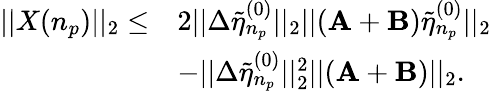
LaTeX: \begin{array}{rl}{||X(n_{p})||_{2}\leq}&{2||\Delta\tilde{\eta}_{n_{p}}^{(0)}||_{2}||(\mathbf{A}+\mathbf{B})\tilde{\eta}_{n_{p}}^{(0)}||_{2}}\\ &{-||\Delta\tilde{\eta}_{n_{p}}^{(0)}||_{2}^{2}||(\mathbf{A}+\mathbf{B})||_{2}.}\end{array}